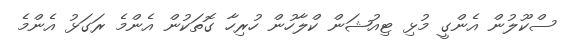
ސްކޫލުން އެންގީ މުޅި ޓިއުޝަން ކްލާހުން ހުރިހާ ގޮތަކުން އެންމެ ރަގަޅު އެންމެ